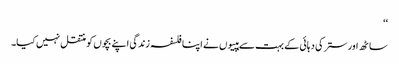
‘‘
ساٹھ اور ستر کی دہائی کے بہت سے ہپیوں نے اپنا فلسفہ زندگی اپنے بچوں کو منتقل نہیں کیا۔